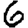
Digit: 6